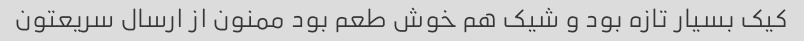
کیک بسیار تازه بود و شیک هم خوش طعم بود ممنون از ارسال سریعتون